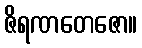
ဇိရဏတေဇော။